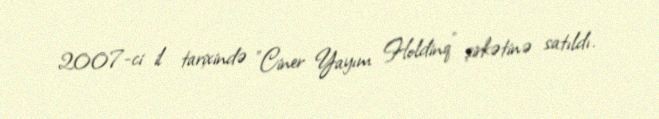
2007-ci il tarixində "Ciner Yayım Holdinq" şirkətinə satıldı.